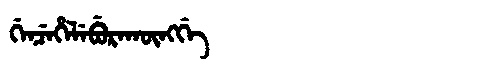
Manchu: ᡤᡝᠨᠴᡝᡥᡝᠯᡝᠪᡠᡵᠠᡴᡡᠩᡤᡝ
Romanization: GENCEHELEBURAKŪNGGE